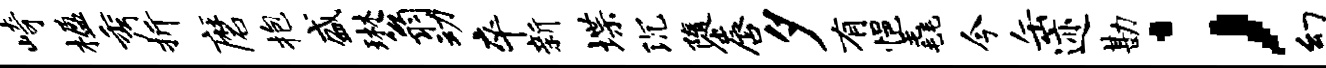
崎楹秀折磨抱盛琳翁动卒新堞沉隳唇夕有悒毳今缶迹勘；幻